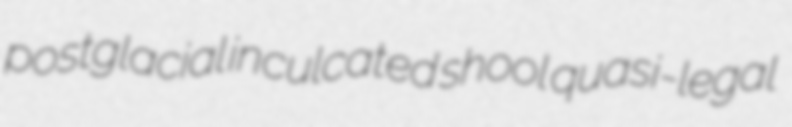
postglacial inculcated shool quasi-legal